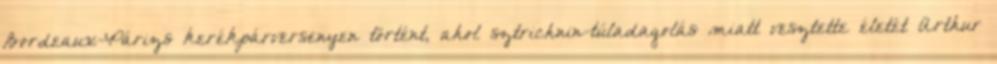
Bordeaux-Párizs kerékpárversenyen történt, ahol sztrichnin-túladagolás miatt vesztette életét Arthur